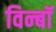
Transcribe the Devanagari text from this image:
विन्बॉ